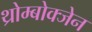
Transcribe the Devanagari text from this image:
थ्रोम्बोक्जेन